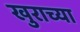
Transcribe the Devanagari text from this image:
खुराच्या